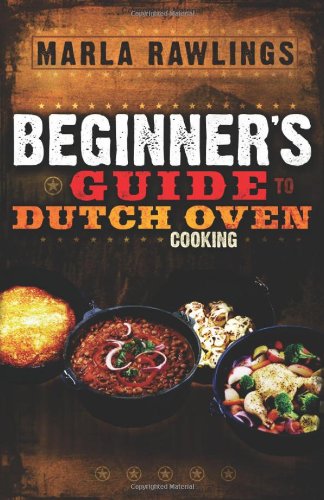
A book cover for The Beginners Guide to Dutch Oven Cooking; Marla Rawlings; Cookbooks, Food & Wine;